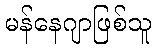
မန်နေဂျာဖြစ်သူ